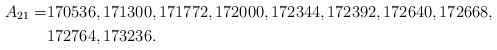
LaTeX: \begin{align*}A_{21} =&170536, 171300, 171772, 172000, 172344, 172392, 172640, 172668,\\&172764, 173236.\end{align*}